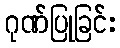
ဂုဏ်ပြုခြင်း